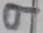
Text: 9